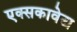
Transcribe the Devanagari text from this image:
एक्सकावेटा